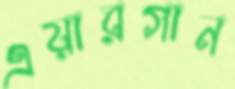
এয়ারগান